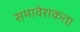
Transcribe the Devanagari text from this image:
समावेशकता